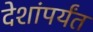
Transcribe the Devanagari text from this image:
देशांपर्यंत